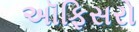
અૉફિસરો